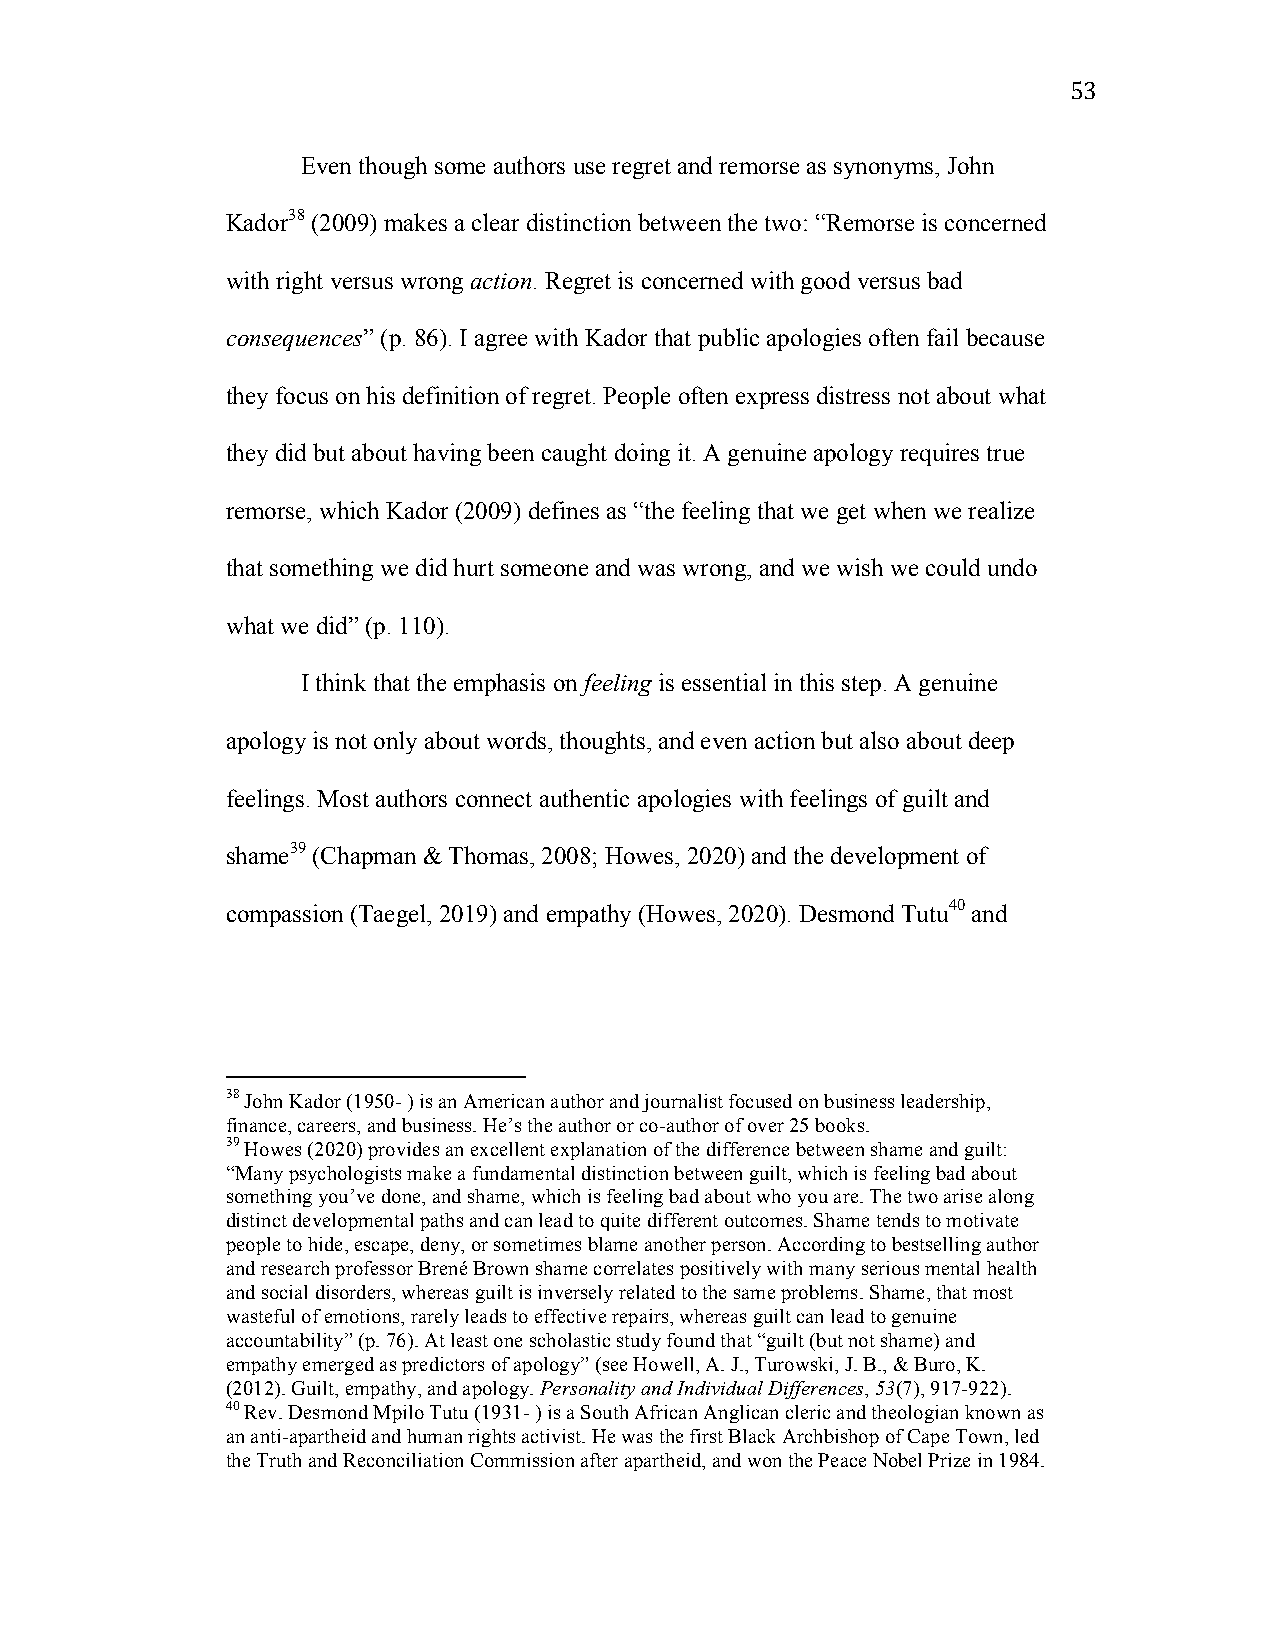
53
 Even though some authors use regret and remorse as synonyms, John
 Kador38 (2009) makes a clear distinction between the two: “Remorse is concerned
 with right versus wrong action. Regret is concerned with good versus bad
 consequences” (p. 86). I agree with Kador that public apologies often fail because
 they focus on his definition of regret. People often express distress not about what
 they did but about having been caught doing it. A genuine apology requires true
 remorse, which Kador (2009) defines as “the feeling that we get when we realize
 that something we did hurt someone and was wrong, and we wish we could undo
 what we did” (p. 110).
 I think that the emphasis on feeling is essential in this step. A genuine
 apology is not only about words, thoughts, and even action but also about deep
 feelings. Most authors connect authentic apologies with feelings of guilt and
 shame39 (Chapman & Thomas, 2008; Howes, 2020) and the development of
 compassion (Taegel, 2019) and empathy (Howes, 2020). Desmond Tutu40 and
 38 John Kador (1950- ) is an American author and journalist focused on business leadership,
 finance, careers, and business. He’s the author or co-author of over 25 books.
 39 Howes (2020) provides an excellent explanation of the difference between shame and guilt:
 “Many psychologists make a fundamental distinction between guilt, which is feeling bad about
 something you’ve done, and shame, which is feeling bad about who you are. The two arise along
 distinct developmental paths and can lead to quite different outcomes. Shame tends to motivate
 people to hide, escape, deny, or sometimes blame another person. According to bestselling author
 and research professor Brené Brown shame correlates positively with many serious mental health
 and social disorders, whereas guilt is inversely related to the same problems. Shame, that most
 wasteful of emotions, rarely leads to effective repairs, whereas guilt can lead to genuine
 accountability” (p. 76). At least one scholastic study found that “guilt (but not shame) and
 empathy emerged as predictors of apology” (see Howell, A. J., Turowski, J. B., & Buro, K.
 (2012). Guilt, empathy, and apology. Personality and Individual Differences, 53(7), 917-922).
 40 Rev. Desmond Mpilo Tutu (1931- ) is a South African Anglican cleric and theologian known as
 an anti-apartheid and human rights activist. He was the first Black Archbishop of Cape Town, led
 the Truth and Reconciliation Commission after apartheid, and won the Peace Nobel Prize in 1984.